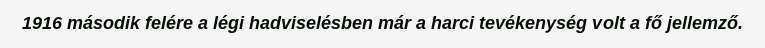
1916 második felére a légi hadviselésben már a harci tevékenység volt a fő jellemző.